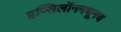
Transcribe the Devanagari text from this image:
इप्सिलॉनमधूनच